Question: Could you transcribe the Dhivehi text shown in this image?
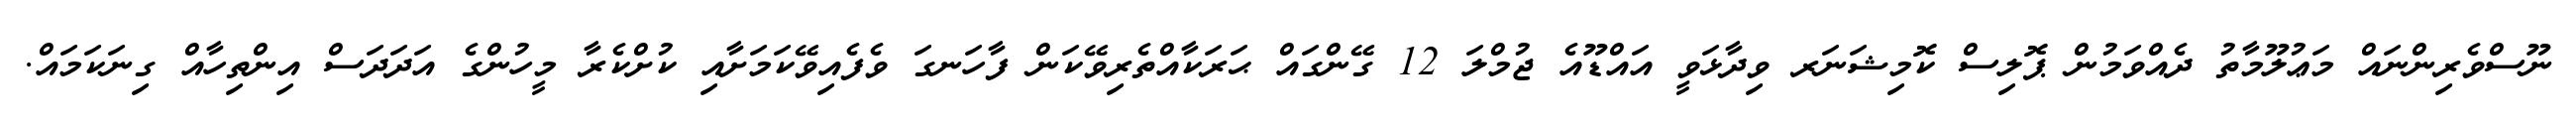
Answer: ނޫސްވެރިންނައް މަޢުލޫމާތު ދެއްވަމުން ޕޮލިސް ކޮމިޝަނަރ ވިދާޅަވީ އައްޑޫއެ ޖުމްލަ 12 ގޭންގައް ޙަރަކާއްތެރިވޭކަން ފާހަނގަ ވެފެއިވޭކަމަށާއި ކުށްކެރާ މީހުންގެ އަދަދަސް އިންތިހާއް ގިނަކަމައް.